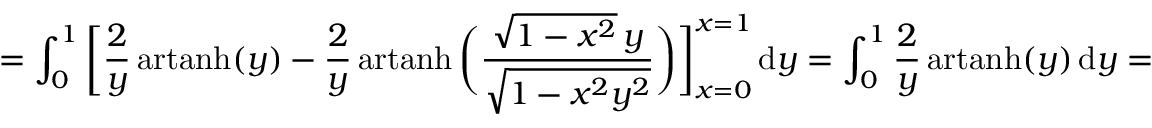
= \int _ { 0 } ^ { 1 } { \biggl [ } { \frac { 2 } { y } } \operatorname { a r t a n h } ( y ) - { \frac { 2 } { y } } \operatorname { a r t a n h } { \biggl ( } { \frac { { \sqrt { 1 - x ^ { 2 } } } \, y } { \sqrt { 1 - x ^ { 2 } y ^ { 2 } } } } { \biggr ) } { \biggr ] } _ { x = 0 } ^ { x = 1 } \, \mathrm { d } y = \int _ { 0 } ^ { 1 } { \frac { 2 } { y } } \operatorname { a r t a n h } ( y ) \, \mathrm { d } y =